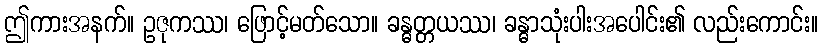
ဤကားအနက်။ ဥဇုကဿ၊ ဖြောင့်မတ်သော။ ခန္ဓတ္တယဿ၊ ခန္ဓာသုံးပါးအပေါင်း၏ လည်းကောင်း။